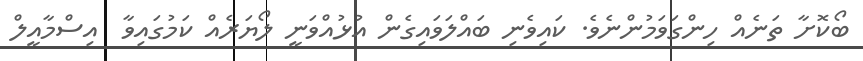
ބޯކޮށާ ތަނެއް ހިންގަވަމުންނެވެ. ކައިވެނި ބައްލަވައިގެން އުޅުއްވަނީ ލޯޔަރެއް ކަމުގައިވާ  އިސްމާއީލް